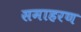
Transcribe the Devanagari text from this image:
समाहरण